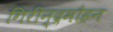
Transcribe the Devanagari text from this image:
गिरीन्द्रमोहन